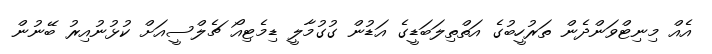
އެއް މިނިޓްވަންދެން ތަރުހީބުގެ އަތްތިލަބަޑީގެ އަޑުން ގުގުމާލީ ޑިމެޓިއޯ ޗެލްސީއަށް ކުޅުނުއިރު ބޭނުން